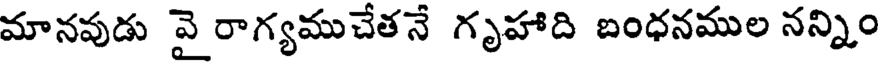
మానవుడు వై రాగ్యముచేతనే గృహాది బంధనముల నన్నిం